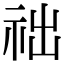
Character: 𥙋